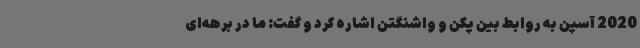
2020 آسپن به روابط بین پکن و واشنگتن اشاره کرد و گفت: ما در برهه‌ای